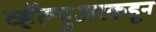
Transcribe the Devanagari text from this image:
व्हॅल्युअरकडून